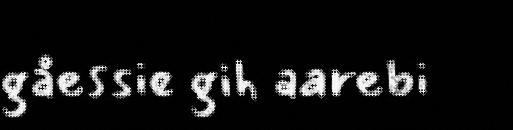
gåessie gih aarebi